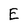
Character: E